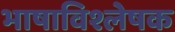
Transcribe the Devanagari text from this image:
भाषाविश्लेषक